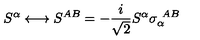
S ^ { \alpha } \longleftrightarrow S ^ { A B } = - \frac { i } { \sqrt 2 } S ^ { \alpha } \sigma _ { \alpha } ^ { \ A B } \label j